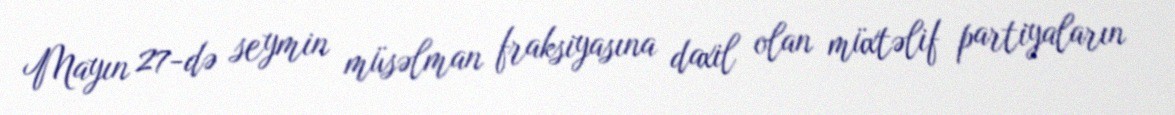
Mayın 27-də seymin müsəlman fraksiyasına daxil olan müxtəlif partiyaların